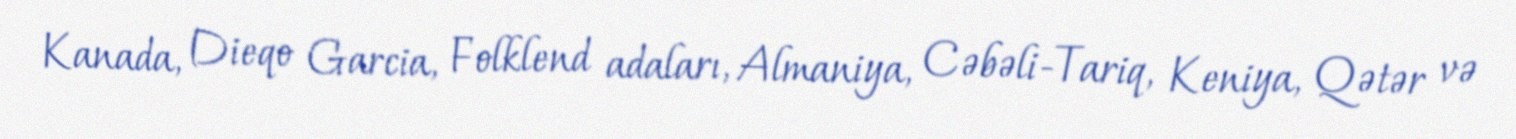
Kanada, Dieqo Garcia, Folklend adaları, Almaniya, Cəbəli-Tariq, Keniya, Qətər və